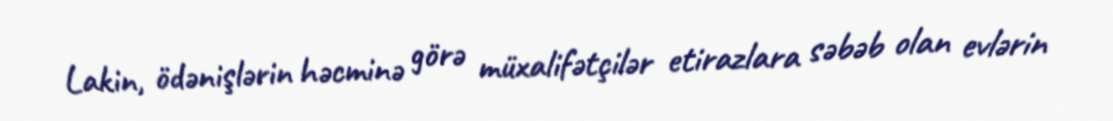
Lakin, ödənişlərin həcminə görə müxalifətçilər etirazlara səbəb olan evlərin